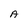
Character: A